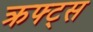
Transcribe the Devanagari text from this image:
क्रफ्ट्स